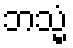
ဘသ္မံ